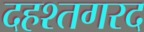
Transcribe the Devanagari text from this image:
दहश्तगरद